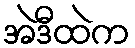
အဲဒီထဲက